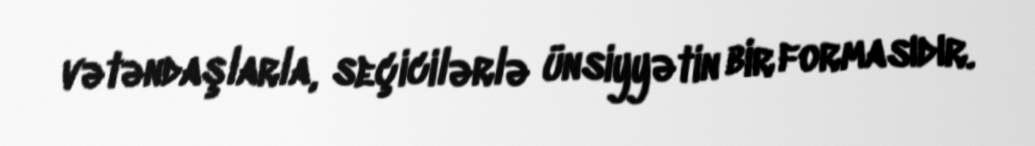
vətəndaşlarla, seçicilərlə ünsiyyətin bir formasıdır.